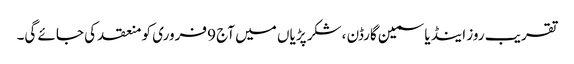
تقریب روز اینڈ یاسمین گارڈن ،شکر پڑیاں میں آج 9 فروری کو منعقد کی جائے گی۔